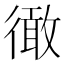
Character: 𢕭